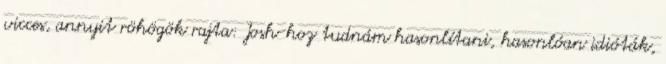
vicces, annyit röhögök rajta: Josh-hoz tudnám hasonlítani, hasonlóan idióták,